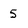
Character: 5